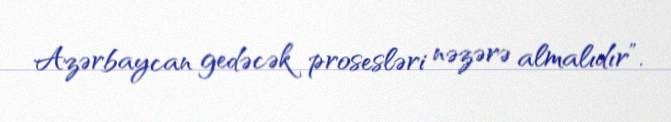
Azərbaycan gedəcək prosesləri nəzərə almalıdır”.